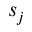
s _ { j }